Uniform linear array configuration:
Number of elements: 64
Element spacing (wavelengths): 1
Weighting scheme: cosine
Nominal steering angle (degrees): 60
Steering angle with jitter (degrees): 58.504
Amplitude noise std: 0.05
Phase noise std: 0.05

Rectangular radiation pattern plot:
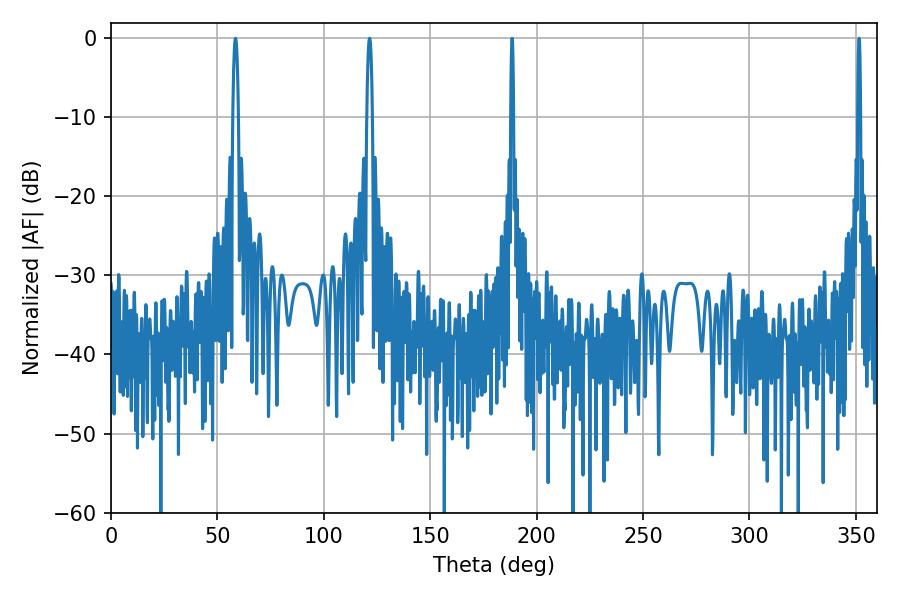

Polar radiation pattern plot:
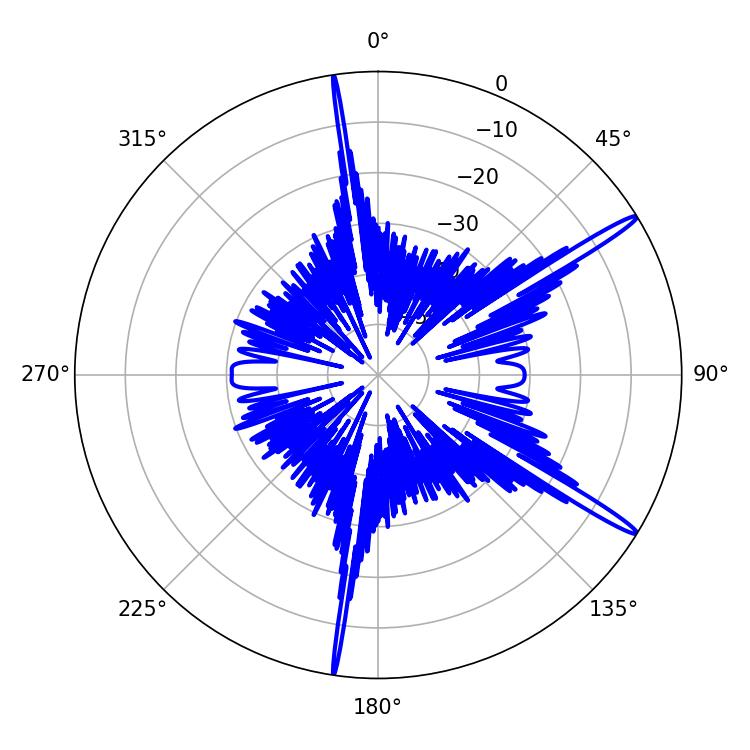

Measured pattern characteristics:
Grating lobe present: TRUE
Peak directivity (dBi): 16.34
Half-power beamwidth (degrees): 1.44
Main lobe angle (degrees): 58.5